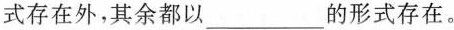
式存在外，其余都以___的形式存在。